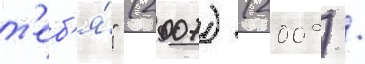
т'еб'я́" (2007) (2009) /